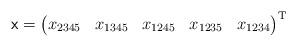
LaTeX: \begin{align*}\mathsf x = \begin{pmatrix} x_{2345} & x_{1345} & x_{1245} & x_{1235} & x_{1234} \end{pmatrix}^{\mathrm T}\end{align*}